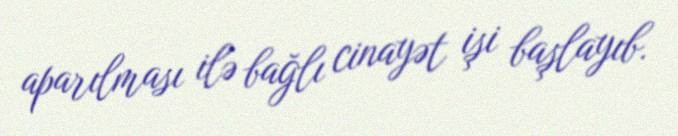
aparılması ilə bağlı cinayət işi başlayıb.